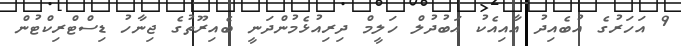
9 އަހަރުގެ އުބެއިދު އާއިއެކު އަބުދުލް ހަލީމް ދިރިއުޅެމުންދަނީ ބެއިރޫތުގެ ޖިނާހު ޑިސްޓްރިކްޓުން